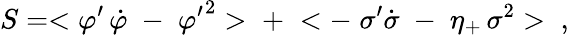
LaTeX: S=<{\varphi^{\prime}}\, \dot{\varphi}\; -\; {\varphi^{\prime}}^{2}>\; +\; <-\; \sigma^{\prime}\dot{\sigma}\; -\; \eta_{+}\, \sigma^{2}>\; \; ,